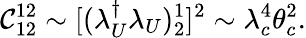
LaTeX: \mathcal{C}_{12}^{12}\sim[(\lambda_{U}^{\dagger}\lambda_{U})_{2}^{1}]^{2}\sim\lambda_{c}^{4}\theta_{c}^{2}.